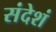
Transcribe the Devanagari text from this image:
संदेशं